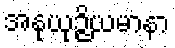
အနုယုဉ္ဇိယမာနာ